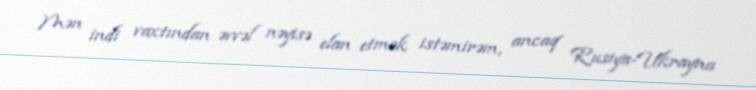
Mən indi vaxtından əvvəl nəyisə elan etmək istəmirəm, ancaq Rusiya-Ukrayna